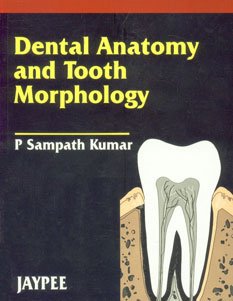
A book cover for Dental Anatomy and Tooth Morphology; P. Sampath Kumar; Medical Books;